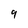
Character: 9